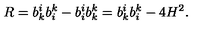
R = b _ { k } ^ { i } b _ { i } ^ { k } - b _ { i } ^ { i } b _ { k } ^ { k } = b _ { k } ^ { i } b _ { i } ^ { k } - 4 H ^ { 2 } .